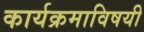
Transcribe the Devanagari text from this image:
कार्यक्रमाविषयी